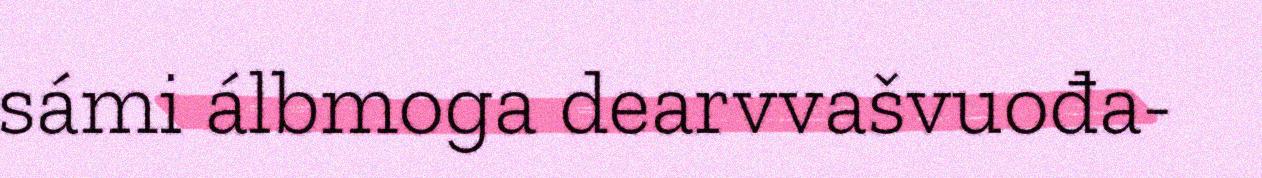
sámi álbmoga dearvvašvuođa-